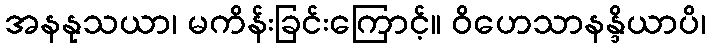
အနနုသယာ၊ မကိန်းခြင်းကြောင့်။ ဝိဟေသာနန္ဒိယာပိ၊